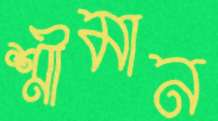
শ্রীমান